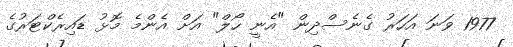
1977 ވަނަ އަހަރު ގެނެސްދިން "އެނީ ހޯލް" އަށް އެންމެ މޮޅު ޑައިރެކްޓަރުގެ